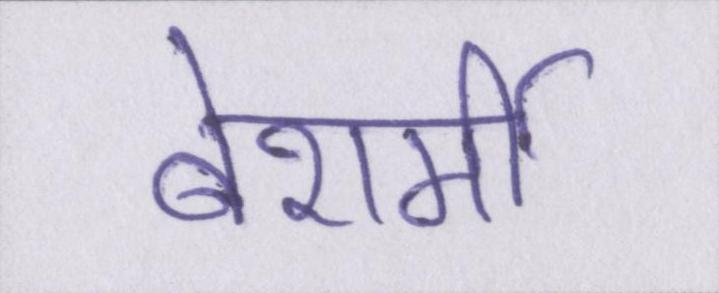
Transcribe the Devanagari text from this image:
बेशर्मी